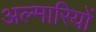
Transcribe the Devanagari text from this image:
अल्मारियों